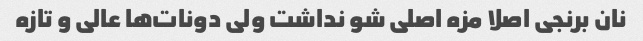
نان برنجی اصلا مزه اصلی شو نداشت ولی دونات‌ها عالی و تازه